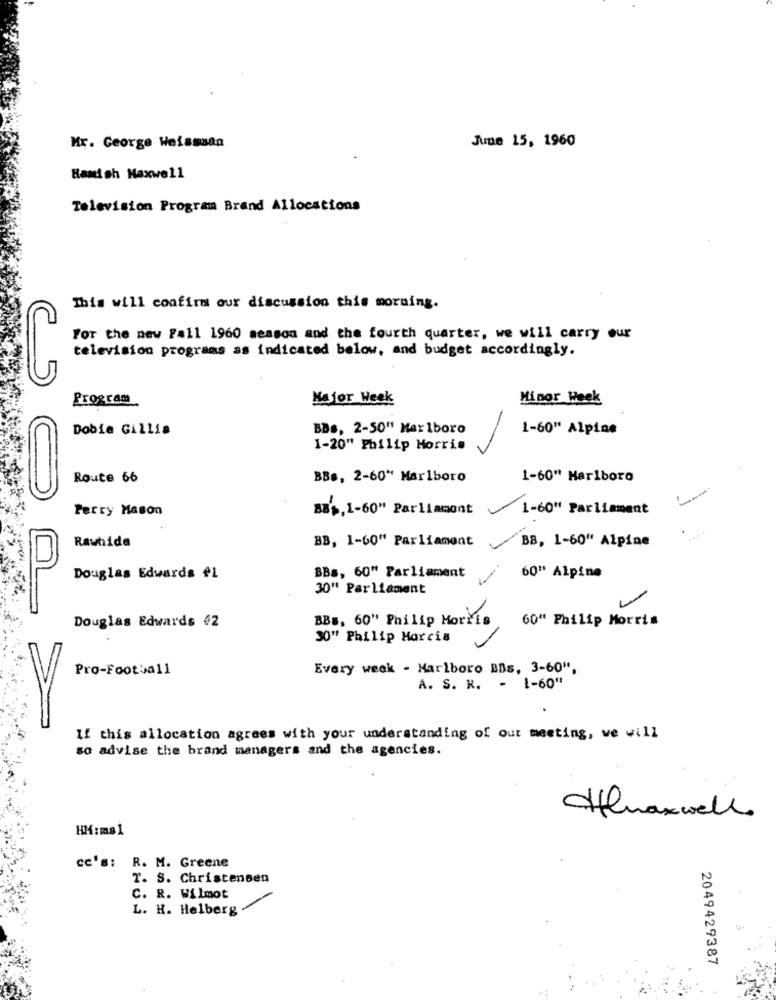
June 15, 1960
Mr. George Weisssan
Hamish Maxwell
Television Program Brand Allocations
This will confirm our discussion this morning.
For the new Fall 1960 season and the fourth quarter, we will carry our
television programs as indicated below, and budget accordingly.
Program
Major Week
Minor Heek
Dobie Gillis
BBs, 2-50" Marlboro
1-60" Alpine
1-20" Philip Morris
Route 66
BBs, 2-60" Marlboro
1-60" Marlboro
Perry Mason
88%,1-60" Parliament
1-60" Parliament
Rawhide
BB, 1-60" Parliament
BB, 1-60" Alpine
60" Alpine
Douglas Edwards #1
BBs, 60" Parliament
--
30" Parliament
BBB, 60" Philip Morris
60" Philip Morris
Douglas Edwards 42
SO" Philip Morris
Pro-Football
Every week - Marlboro BBs, 3-60",
A. S. R. - 1-60"
If this allocation agrees with your understanding of our meeting, we will
so advise the brand managers and the agencies.
Afmaxwell
HM:ms1
cc's: R. M. Greene
T. S. Christensen
C. R. Wilmot
L. H. Helberg
2049429387